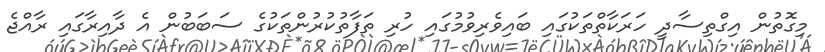
މިގޮތުން އިގްތިސާދީ ހަރަކާތްތަކުގައި ބައިވެރިވުމުގައި ހުރި ތަފާތުކުރުންތަކުގެ ސަބަބުން އެ ދާއިރާގައި ރާއްޖެ